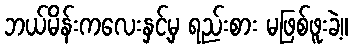
ဘယ်မိန်းကလေးနှင့်မှ ရည်းစား မဖြစ်ဖူးခဲ့။